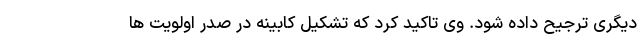
دیگری ترجیح داده شود. وی تاکید کرد که تشکیل کابینه در صدر اولویت ها